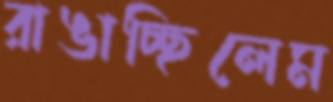
রাঙাচ্ছিলেম